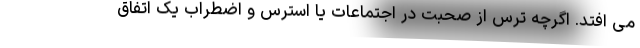
می افتد. اگرچه ترس از صحبت در اجتماعات یا استرس و اضطراب یک اتفاق